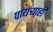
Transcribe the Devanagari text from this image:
पायऱ्याही